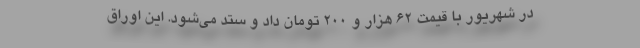
در شهریور با قیمت ۶۲ هزار و ۲۰۰ تومان داد و ستد می‌شود. این اوراق